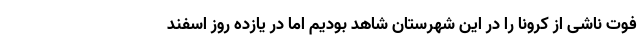
فوت ناشی از کرونا را در این شهرستان شاهد بودیم اما در یازده روز اسفند